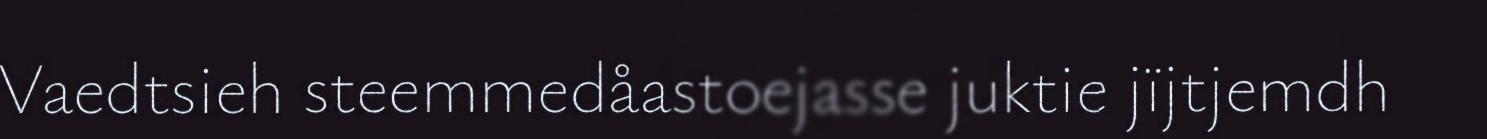
Vaedtsieh steemmedåastoejasse juktie jïjtjemdh